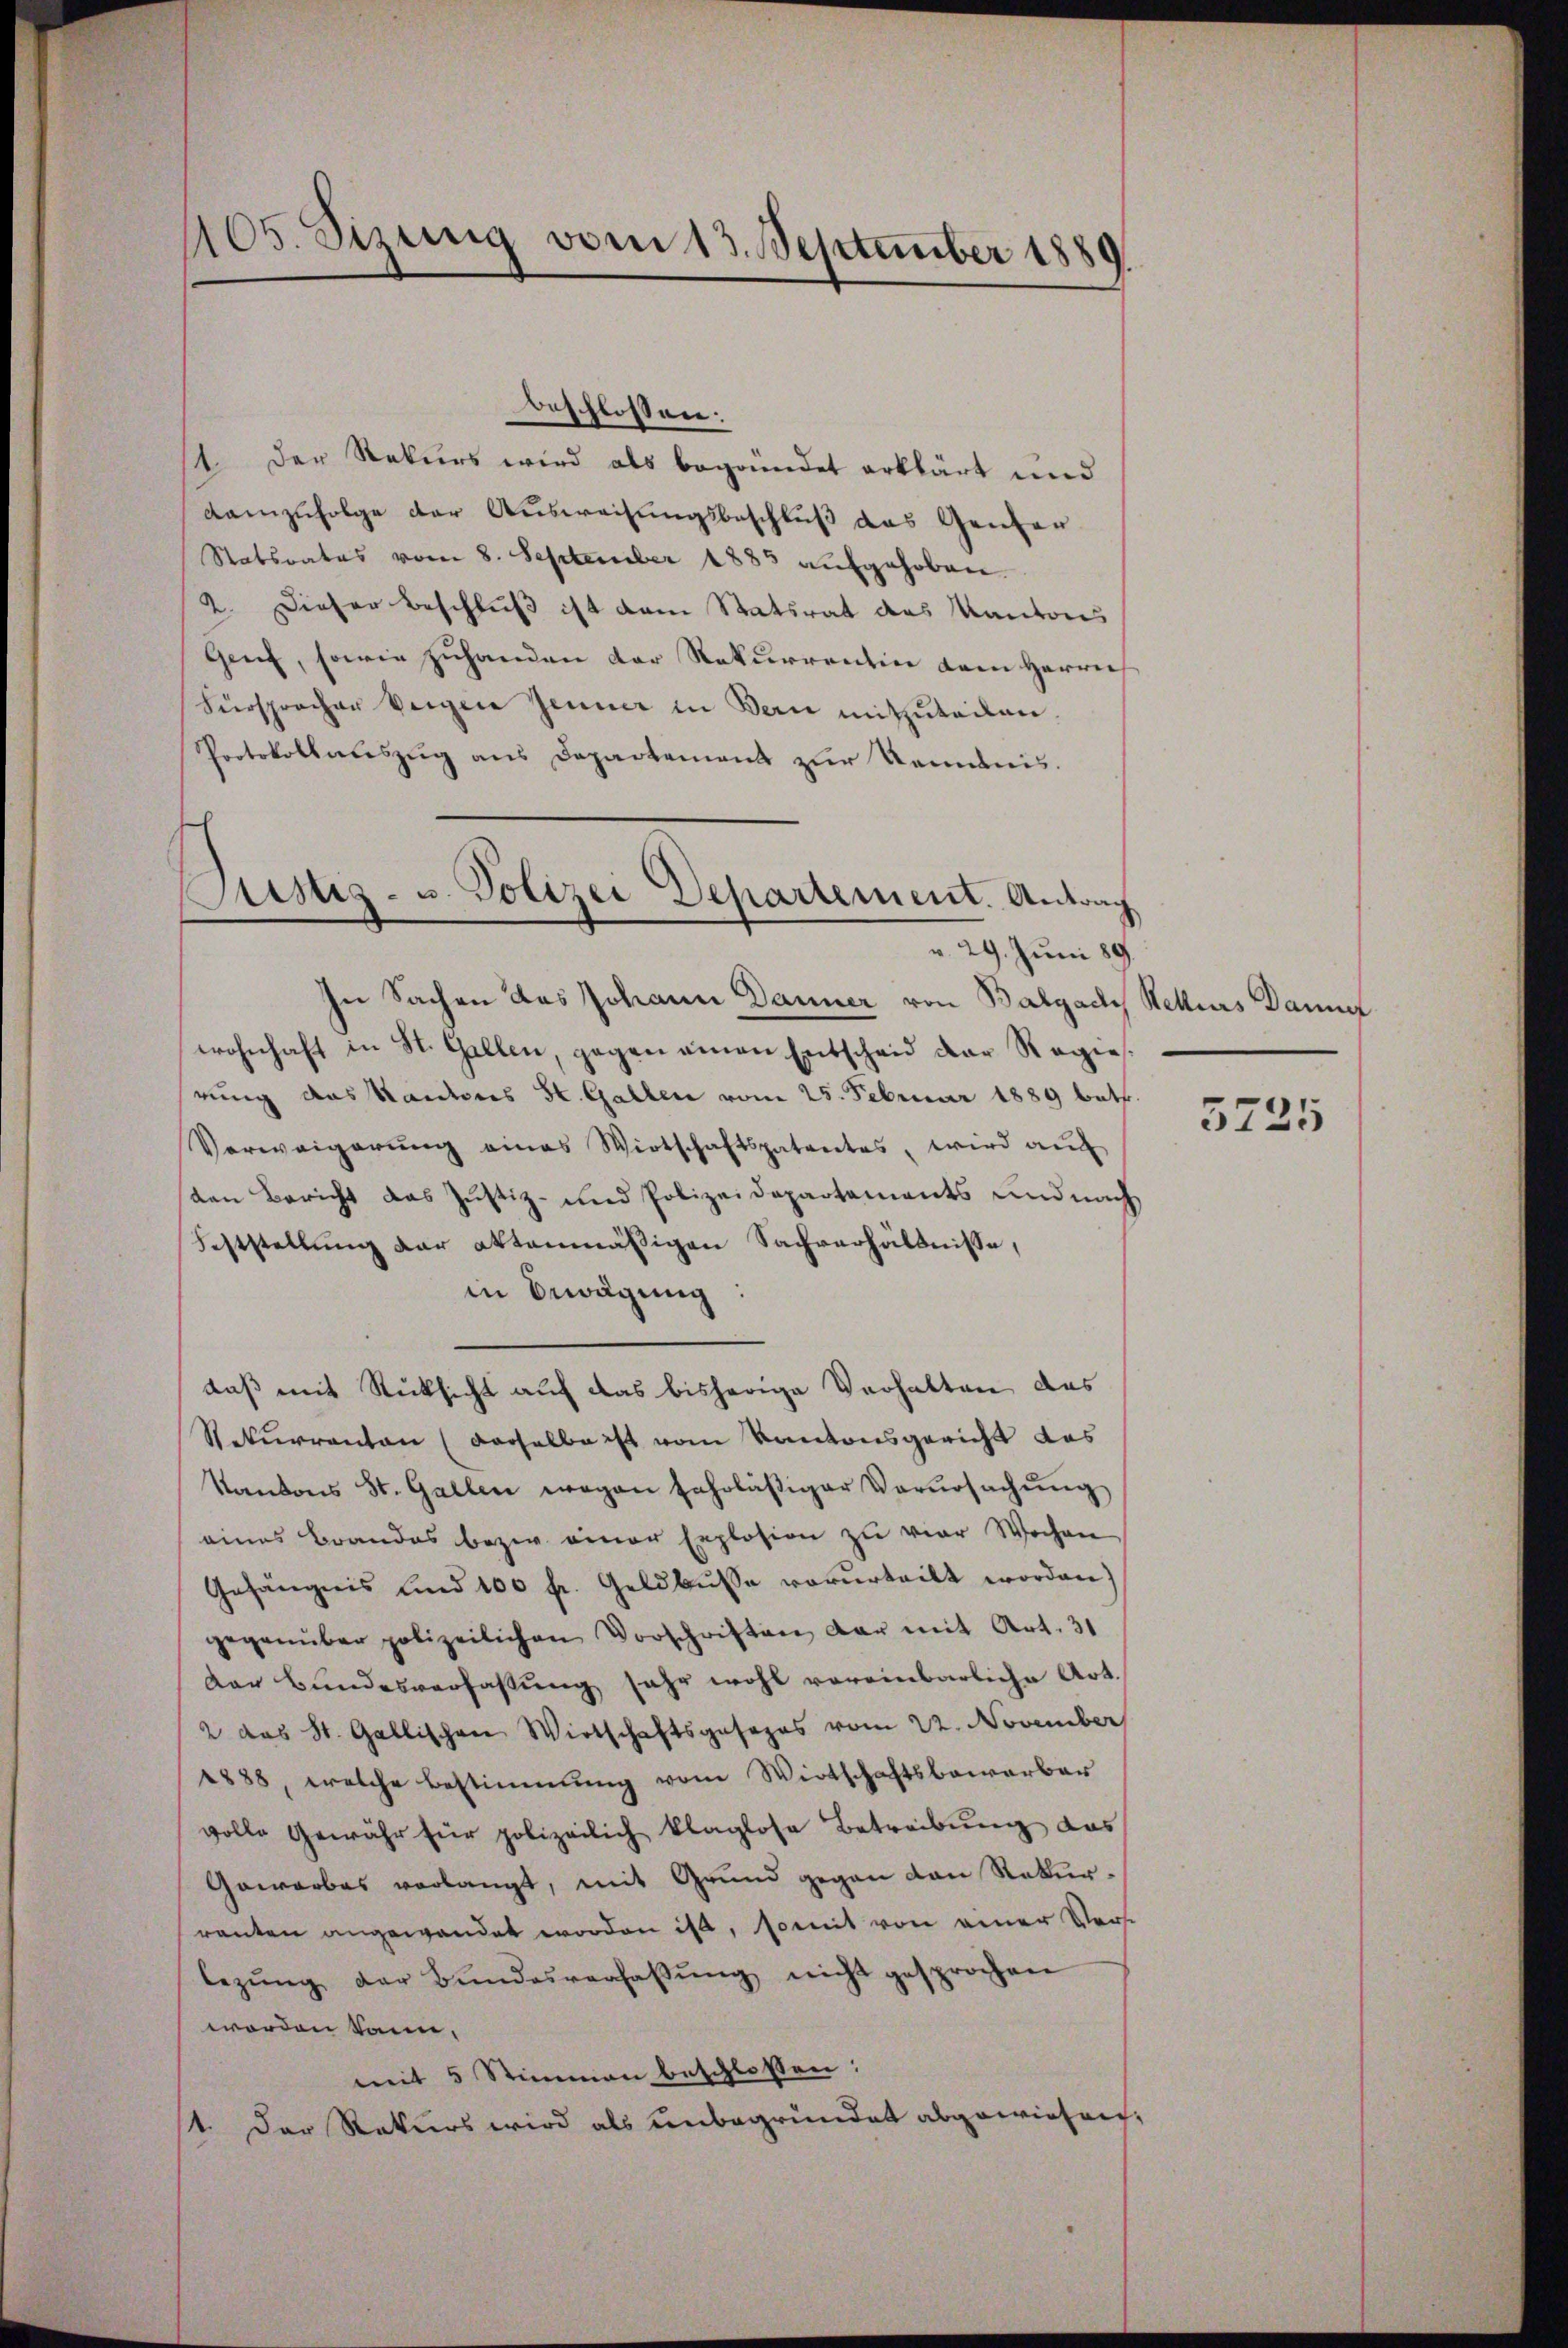
405. Sizung vom 13. September 1889.

beschlossen:
11. Der Rekurs wird als begründet erklärt und
Kamzufolge der Ausweisungsbeschluß das Ganter
Statsrates vom 8. September 1885 aufgehoben.
2. Dieser Beschluß ist dem Statsrat das Kantons
Genf, sowie zuhanden der Rekurrentin dem Herrn
Fürsprocher Verger Jenner in Bern mitzuteilen
Protokollauszug aus Departement zur Kenntnis.
In Sachen des Johann Danner von Balgach
wohnhaft in St. Gallen, gegen einen Entscheid der Regie
rung das Kantons St. Gallen vom 25. Februar 1889 beth
Verweigerŭng eines Wirtschaftspatentes, wird aŭf
den Bericht das Justiz- und Polizeidepartements und nach
Feststellung der aktenmäßigen Sachverhältnisse,
in Bewägung
daß mit Rücksicht auf das bisherige Verhalten das
Rekurrenton (derselbe ist vom Kantonsgericht das
Kantons St. Gallen wegen fahrläβiger Verŭrsachŭng
eines Brandes bezw. einer Explosion zu vier Wochen
Gefängnis und 100 fr. Geldbusse vorurteilt worden
gegenüber polizeilichen Vorschriften dar mit Art. 31
Der Bundesverfassung sehr wohl vereinbarliche Art.
2 das St. Gallischen Wirtschaftsgesezes vom 22. November
1888, welche Bestimmung vom Wirtschaftsbewerber
volle Gewähr für polizeilich klaglose Betreibŭng das
Gewerbes verlangt, mit Grund gegen den Rekurranten angewendet worden ist, somit von einer Ver
lezŭng der Bŭndesverfaβŭng nicht gesprochen
worden kann,
mit 5 Stimmen beschlossen:
st. Der Rekurs wird als unbegründet abgewiesen

Justiz- u. Polizei Departement. Antrag
v. 29. Juni 189

Relliers Dann

3725